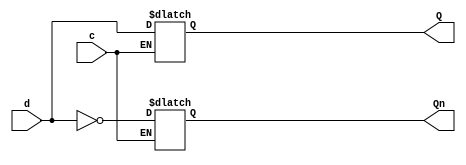
module dlatch (output reg Q, Qn,
    input wire c, d
);
    always @ (c or d)
        if(c == 1'b1)
            begin
                Q <= d;
                Qn <= ~d;
            end
endmodule

module tb_dlatch(
    output reg c, d,
    input wire Q, Qn
);
    initial begin
        c = 1'b0;
        d = 1'b0;
        #5 c = 1'b1;
        #10 d = 1'b1;
        #10 d = 1'b0;
        #10 d = 1'b1;
        #5 $finish;
    end
    
    always begin
        #5 c = ~c;
    end
endmodule

module wb_dlatch;
    wire c, d, Q, Qn;

    initial begin
        $monitor($time, " c=%b d=%b Q=%b Qn=%b", c, d, Q, Qn);
        $dumpfile("dlatch.vcd");
        $dumpvars(0,wb_dlatch);
    end

    dlatch dlat (Q, Qn, c, d);
    tb_dlatch tb(c, d, Q, Qn);
endmodule